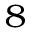
_ 8